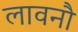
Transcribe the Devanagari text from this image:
लावनौ